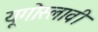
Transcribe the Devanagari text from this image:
यूगोस्लावी